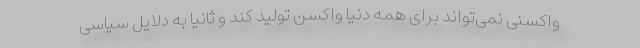
واکسنی نمی‌تواند برای همه دنیا واکسن تولید کند و ثانیا به دلایل سیاسی